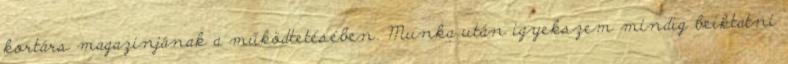
kortárs magazinjának a működtetésében. Munka után igyekszem mindig beiktatni